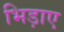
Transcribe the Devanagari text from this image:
भिड़ाए